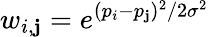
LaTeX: w_{i,\mathbf{j}}=e^{(p_{i}-p_{\mathbf{j}})^{2}/2\sigma^{2}}